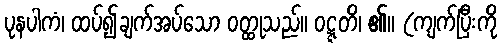
ပုနပါကံ၊ ထပ်၍ချက်အပ်သော ဝတ္ထုသည်။ ဝဋ္ဋတိ၊ ၏။ (ကျက်ပြီးကို